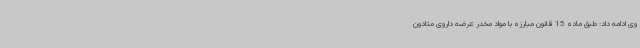
وی ادامه داد: طبق ماده 15 قانون مبارزه با مواد مخدر عرضه داروی متادون